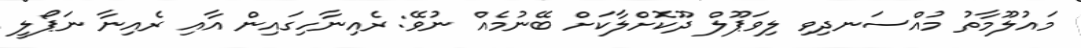
މައުލޫމާތު މުއްސަނދިވި ލިވަޕޫލް ދޫކޮށްލާކަށް ބޭނުމެއް ނުވޭ: ރެއިނާހިގައިން އާއި ރެއިނާ ނަޕޯލީ